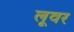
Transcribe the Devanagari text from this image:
लूवर